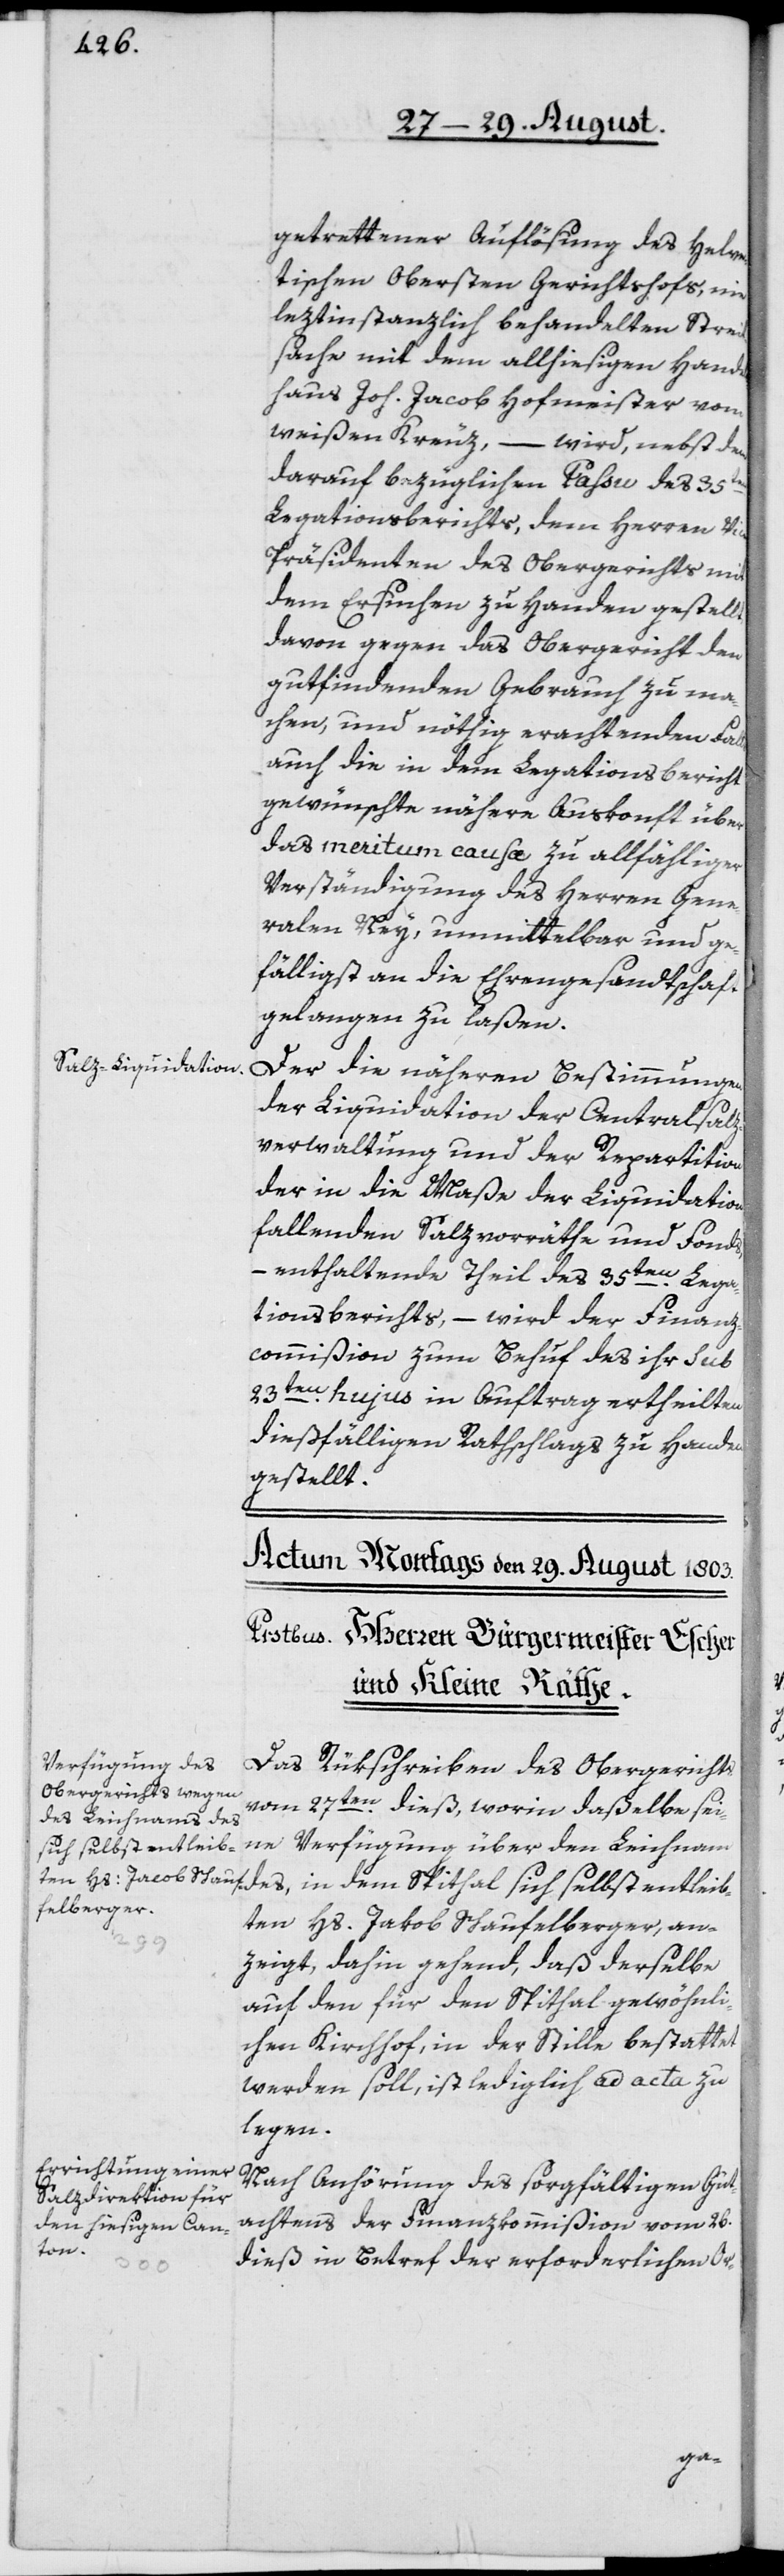
ten Hs. Jakob Schau¬
felberger
an¬

getrettener Auflösung des Helve¬
tischen Obersten Gerichtshofs, nie
leztinstanzlich behandelten Streit¬
sache mit dem allhiesigen Handels¬
haus Joh. Jacob Hofmeister vom
weißen Kreuz, – wird, nebst dem
darauf bezüglichen Passu des 35ten
Legationsberichts, dem Herren Vic¬
e-Präsidenten des Obergerichts mit
dem Ersuchen zu Handen gestellt,
davon gegen das Obergericht den
gutfindenden Gebrauch zu ma¬
chen, und nöthig erachtenden Falls
auch die in dem Legationsbericht
gewünschte nähere Auskonft über
das meritum causæ zu allfähliger
Verständigung des Herren Gene¬
ralen Ney, unmittelbar und ge¬
fälligst an die Ehrengesandtschaft
gelangen zu laßen.
Der die näheren Bestimmungen
der Liquidation der Centralsalz¬
verwaltung und der Repartition
der in die Maße der Liquidation
fallenden Salzvorräthe und Fonds,
– enthaltende Theil des 35ten Lega¬
tionsberichts, – wird der Finanz¬
commißion zum Behuf des ihr sub
23ten hujus in Auftrag ertheilten
dießfälligen Rathschlags zu Handen
gestellt.
Das Rükschreiben des Obergerichts
vom 27ten dieß, worin daßelbe sei¬
ne Verfügung über den Leichnam
des, in dem Spithal sich selbst entleib¬
zeigt, dahin gehend, daß derselbe
auf den für den Spithal gewöhnli¬
chen Kirchhof, in der Stille bestattet
werden soll, ist lediglich ad acta zu
legen.
Nach Anhörung des sorgfältigen Gut¬
achtens der Finanzkommißion vom 26.
dieß in Betref der erforderlichen Or-